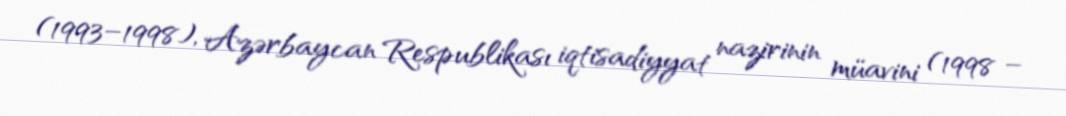
(1993–1998), Azərbaycan Respublikası iqtisadiyyat nazirinin müavini (1998 –